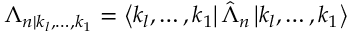
\Lambda _ { n | k _ { l } , \ldots , k _ { 1 } } = \left\langle k _ { l } , \ldots , k _ { 1 } \right| \hat { \Lambda } _ { n } \left| k _ { l } , \ldots , k _ { 1 } \right\rangle